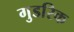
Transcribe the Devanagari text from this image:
गुडरिक